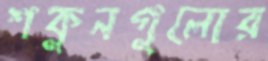
শকুনগুলোর